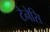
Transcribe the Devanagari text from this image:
टेनेसि